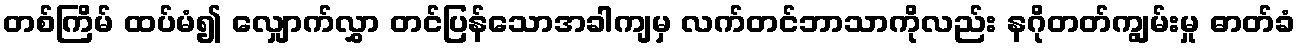
တစ်ကြိမ် ထပ်မံ၍ လျှောက်လွှာ တင်ပြန်သောအခါကျမှ လက်တင်ဘာသာကိုလည်း နဂိုတတ်ကျွမ်းမှု ဓာတ်ခံ